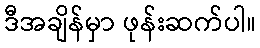
ဒီအချိန်မှာ ဖုန်းဆက်ပါ။